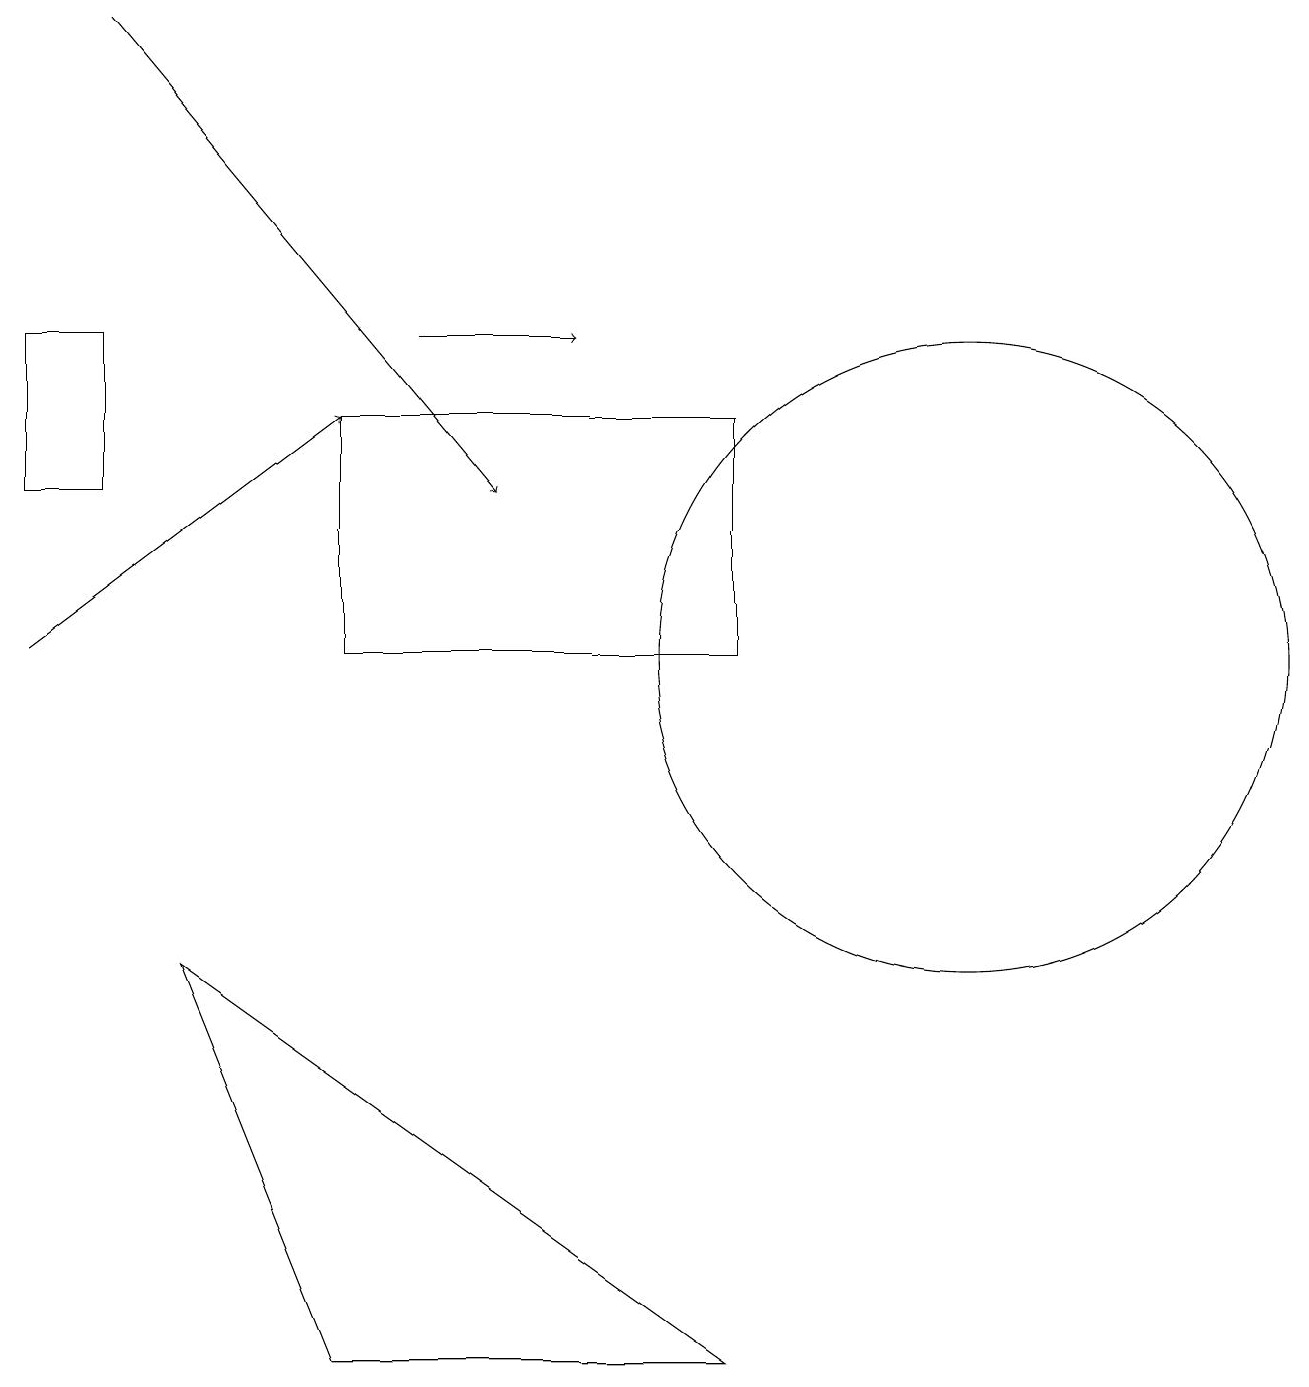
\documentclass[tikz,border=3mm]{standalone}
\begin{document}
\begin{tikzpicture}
\draw[->] (0,11) -- (4,14);
\draw (1,15) rectangle (0,13);
\draw[->] (5,15) -- (7,15);
\draw[->] (1,19) -- (6,13);
\draw (9,2) -- (2,7) -- (4,2) -- cycle;
\draw (4,11) rectangle (9,14);
\draw (12,11) circle (4);
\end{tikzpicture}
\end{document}